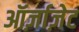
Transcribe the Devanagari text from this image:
ऑर्ज़ाज़ेट